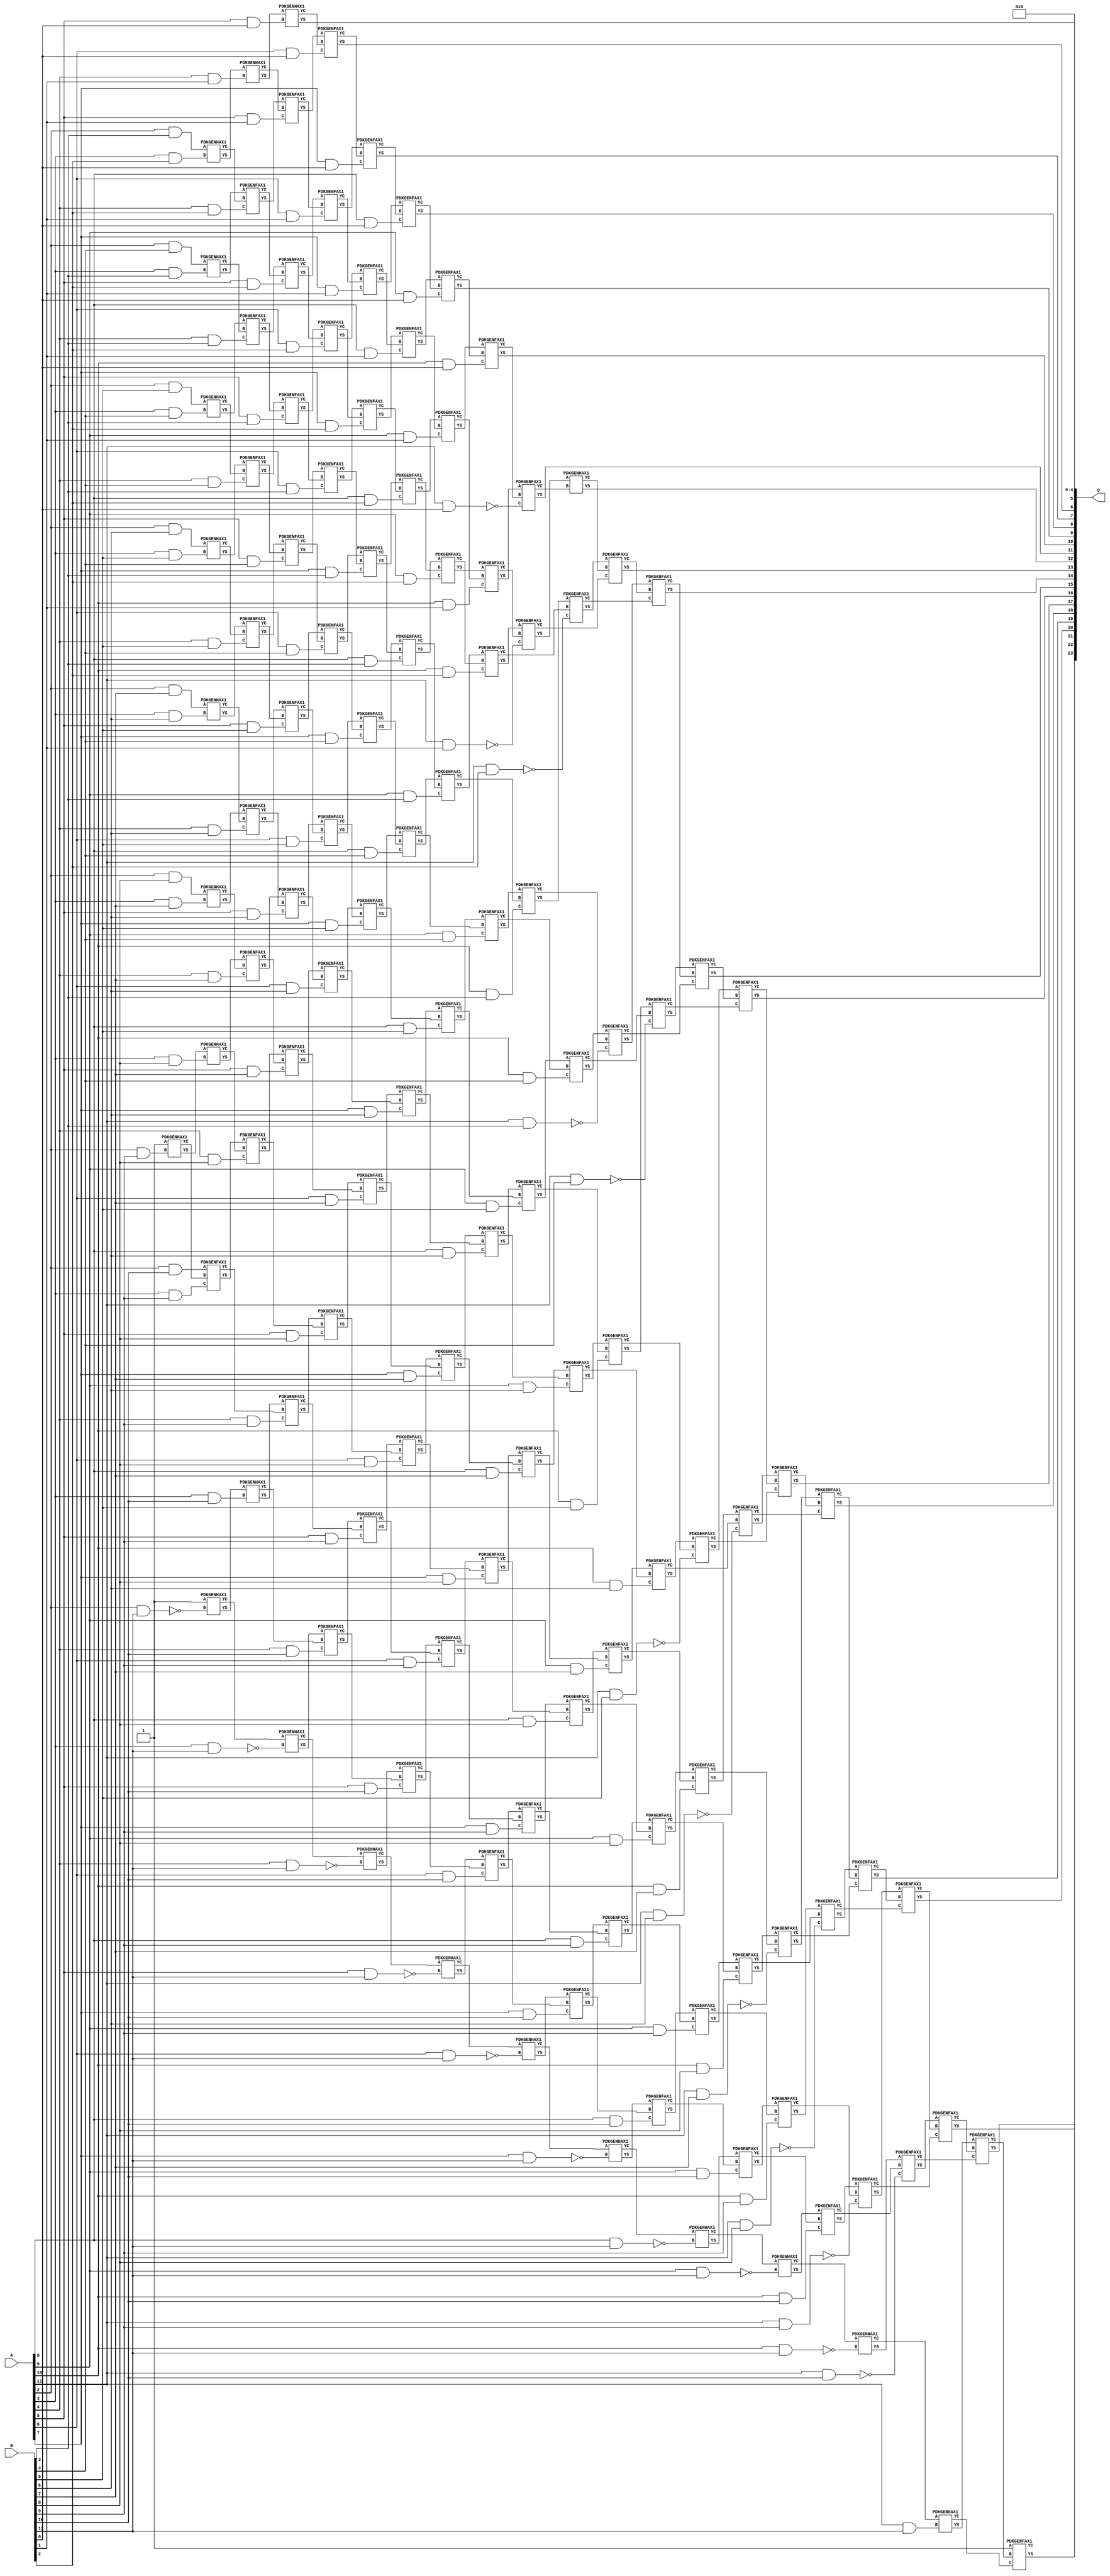
// This program was cloned from: https://github.com/ehw-fit/evoapproxlib
// License: MIT License

/***
* This code is a part of EvoApproxLib library (ehw.fit.vutbr.cz/approxlib) distributed under The MIT License.
* When used, please cite the following article(s): V. Mrazek, Z. Vasicek, L. Sekanina, H. Jiang and J. Han, "Scalable Construction of Approximate Multipliers With Formally Guaranteed Worst Case Error" in IEEE Transactions on Very Large Scale Integration (VLSI) Systems, vol. 26, no. 11, pp. 2572-2576, Nov. 2018. doi: 10.1109/TVLSI.2018.2856362 
* This file contains a circuit from a sub-set of pareto optimal circuits with respect to the pwr and wce parameters
***/
// MAE% = 0.0092 %
// MAE = 1540 
// WCE% = 0.037 %
// WCE = 6209 
// WCRE% = 6500.00 %
// EP% = 92.17 %
// MRE% = 0.65 %
// MSE = 48939.302e2 
// PDK45_PWR = 0.948 mW
// PDK45_AREA = 1395.2 um2
// PDK45_DELAY = 2.12 ns


module mul12s_2JL ( A, B, O );
  input [11:0] A;
  input [11:0] B;
  output [23:0] O;

  wire C_10_0,C_10_1,C_10_10,C_10_11,C_10_2,C_10_3,C_10_4,C_10_5,C_10_6,C_10_7,C_10_8,C_10_9,C_11_0,C_11_1,C_11_10,C_11_11,C_11_2,C_11_3,C_11_4,C_11_5,C_11_6,C_11_7,C_11_8,C_11_9,C_12_0,C_12_1,C_12_10,C_12_11,C_12_2,C_12_3,C_12_4,C_12_5,C_12_6,C_12_7,C_12_8,C_12_9,C_2_11,C_2_9,C_3_10,C_3_11,C_3_2,C_3_3,C_3_4,C_3_5,C_3_6,C_3_7,C_3_8,C_3_9,C_4_1,C_4_10,C_4_11,C_4_2,C_4_3,C_4_4,C_4_5,C_4_6,C_4_7,C_4_8,C_4_9,C_5_0,C_5_1,C_5_10,C_5_11,C_5_2,C_5_3,C_5_4,C_5_5,C_5_6,C_5_7,C_5_8,C_5_9,C_6_0,C_6_1,C_6_10,C_6_11,C_6_2,C_6_3,C_6_4,C_6_5,C_6_6,C_6_7,C_6_8,C_6_9,C_7_0,C_7_1,C_7_10,C_7_11,C_7_2,C_7_3,C_7_4,C_7_5,C_7_6,C_7_7,C_7_8,C_7_9,C_8_0,C_8_1,C_8_10,C_8_11,C_8_2,C_8_3,C_8_4,C_8_5,C_8_6,C_8_7,C_8_8,C_8_9,C_9_0,C_9_1,C_9_10,C_9_11,C_9_2,C_9_3,C_9_4,C_9_5,C_9_6,C_9_7,C_9_8,C_9_9,S_0_11,S_10_0,S_10_1,S_10_10,S_10_11,S_10_2,S_10_3,S_10_4,S_10_5,S_10_6,S_10_7,S_10_8,S_10_9,S_11_0,S_11_1,S_11_10,S_11_11,S_11_2,S_11_3,S_11_4,S_11_5,S_11_6,S_11_7,S_11_8,S_11_9,S_12_0,S_12_1,S_12_10,S_12_11,S_12_2,S_12_3,S_12_4,S_12_5,S_12_6,S_12_7,S_12_8,S_12_9,S_1_10,S_2_10,S_2_11,S_2_3,S_2_4,S_2_5,S_2_6,S_2_7,S_2_8,S_2_9,S_3_10,S_3_11,S_3_2,S_3_3,S_3_4,S_3_5,S_3_6,S_3_7,S_3_8,S_3_9,S_4_1,S_4_10,S_4_11,S_4_2,S_4_3,S_4_4,S_4_5,S_4_6,S_4_7,S_4_8,S_4_9,S_5_0,S_5_1,S_5_10,S_5_11,S_5_2,S_5_3,S_5_4,S_5_5,S_5_6,S_5_7,S_5_8,S_5_9,S_6_0,S_6_1,S_6_10,S_6_11,S_6_2,S_6_3,S_6_4,S_6_5,S_6_6,S_6_7,S_6_8,S_6_9,S_7_0,S_7_1,S_7_10,S_7_11,S_7_2,S_7_3,S_7_4,S_7_5,S_7_6,S_7_7,S_7_8,S_7_9,S_8_0,S_8_1,S_8_10,S_8_11,S_8_2,S_8_3,S_8_4,S_8_5,S_8_6,S_8_7,S_8_8,S_8_9,S_9_0,S_9_1,S_9_10,S_9_11,S_9_2,S_9_3,S_9_4,S_9_5,S_9_6,S_9_7,S_9_8,S_9_9;

  assign S_0_11 = 1'b1;
  assign S_1_10 = 1'b1;
  assign S_2_3 = (A[2] & B[3]);
  assign S_2_4 = (A[2] & B[4]);
  assign S_2_5 = (A[2] & B[5]);
  assign S_2_6 = (A[2] & B[6]);
  assign S_2_7 = (A[2] & B[7]);
  assign S_2_8 = (A[2] & B[8]);
  PDKGENHAX1 U28258 (.A(S_1_10), .B((A[2] & B[9])), .YS(S_2_9), .YC(C_2_9));
  assign S_2_10 = (A[2] & B[10]);
  PDKGENHAX1 U28260 (.A(1'b1), .B(~(A[2] & B[11])), .YS(S_2_11), .YC(C_2_11));
  PDKGENHAX1 U28263 (.A(S_2_3), .B((A[3] & B[2])), .YS(S_3_2), .YC(C_3_2));
  PDKGENHAX1 U28264 (.A(S_2_4), .B((A[3] & B[3])), .YS(S_3_3), .YC(C_3_3));
  PDKGENHAX1 U28265 (.A(S_2_5), .B((A[3] & B[4])), .YS(S_3_4), .YC(C_3_4));
  PDKGENHAX1 U28266 (.A(S_2_6), .B((A[3] & B[5])), .YS(S_3_5), .YC(C_3_5));
  PDKGENHAX1 U28267 (.A(S_2_7), .B((A[3] & B[6])), .YS(S_3_6), .YC(C_3_6));
  PDKGENHAX1 U28268 (.A(S_2_8), .B((A[3] & B[7])), .YS(S_3_7), .YC(C_3_7));
  PDKGENHAX1 U28269 (.A(S_2_9), .B((A[3] & B[8])), .YS(S_3_8), .YC(C_3_8));
  PDKGENFAX1 U28270 (.A(S_2_10), .B(C_2_9), .C((A[3] & B[9])), .YS(S_3_9), .YC(C_3_9));
  PDKGENHAX1 U28271 (.A(S_2_11), .B((A[3] & B[10])), .YS(S_3_10), .YC(C_3_10));
  PDKGENHAX1 U28272 (.A(C_2_11), .B(~(A[3] & B[11])), .YS(S_3_11), .YC(C_3_11));
  PDKGENHAX1 U28274 (.A(S_3_2), .B((A[4] & B[1])), .YS(S_4_1), .YC(C_4_1));
  PDKGENFAX1 U28275 (.A(S_3_3), .B(C_3_2), .C((A[4] & B[2])), .YS(S_4_2), .YC(C_4_2));
  PDKGENFAX1 U28276 (.A(S_3_4), .B(C_3_3), .C((A[4] & B[3])), .YS(S_4_3), .YC(C_4_3));
  PDKGENFAX1 U28277 (.A(S_3_5), .B(C_3_4), .C((A[4] & B[4])), .YS(S_4_4), .YC(C_4_4));
  PDKGENFAX1 U28278 (.A(S_3_6), .B(C_3_5), .C((A[4] & B[5])), .YS(S_4_5), .YC(C_4_5));
  PDKGENFAX1 U28279 (.A(S_3_7), .B(C_3_6), .C((A[4] & B[6])), .YS(S_4_6), .YC(C_4_6));
  PDKGENFAX1 U28280 (.A(S_3_8), .B(C_3_7), .C((A[4] & B[7])), .YS(S_4_7), .YC(C_4_7));
  PDKGENFAX1 U28281 (.A(S_3_9), .B(C_3_8), .C((A[4] & B[8])), .YS(S_4_8), .YC(C_4_8));
  PDKGENFAX1 U28282 (.A(S_3_10), .B(C_3_9), .C((A[4] & B[9])), .YS(S_4_9), .YC(C_4_9));
  PDKGENFAX1 U28283 (.A(S_3_11), .B(C_3_10), .C((A[4] & B[10])), .YS(S_4_10), .YC(C_4_10));
  PDKGENHAX1 U28284 (.A(C_3_11), .B(~(A[4] & B[11])), .YS(S_4_11), .YC(C_4_11));
  PDKGENHAX1 U28285 (.A(S_4_1), .B((A[5] & B[0])), .YS(S_5_0), .YC(C_5_0));
  PDKGENFAX1 U28286 (.A(S_4_2), .B(C_4_1), .C((A[5] & B[1])), .YS(S_5_1), .YC(C_5_1));
  PDKGENFAX1 U28287 (.A(S_4_3), .B(C_4_2), .C((A[5] & B[2])), .YS(S_5_2), .YC(C_5_2));
  PDKGENFAX1 U28288 (.A(S_4_4), .B(C_4_3), .C((A[5] & B[3])), .YS(S_5_3), .YC(C_5_3));
  PDKGENFAX1 U28289 (.A(S_4_5), .B(C_4_4), .C((A[5] & B[4])), .YS(S_5_4), .YC(C_5_4));
  PDKGENFAX1 U28290 (.A(S_4_6), .B(C_4_5), .C((A[5] & B[5])), .YS(S_5_5), .YC(C_5_5));
  PDKGENFAX1 U28291 (.A(S_4_7), .B(C_4_6), .C((A[5] & B[6])), .YS(S_5_6), .YC(C_5_6));
  PDKGENFAX1 U28292 (.A(S_4_8), .B(C_4_7), .C((A[5] & B[7])), .YS(S_5_7), .YC(C_5_7));
  PDKGENFAX1 U28293 (.A(S_4_9), .B(C_4_8), .C((A[5] & B[8])), .YS(S_5_8), .YC(C_5_8));
  PDKGENFAX1 U28294 (.A(S_4_10), .B(C_4_9), .C((A[5] & B[9])), .YS(S_5_9), .YC(C_5_9));
  PDKGENFAX1 U28295 (.A(S_4_11), .B(C_4_10), .C((A[5] & B[10])), .YS(S_5_10), .YC(C_5_10));
  PDKGENHAX1 U28296 (.A(C_4_11), .B(~(A[5] & B[11])), .YS(S_5_11), .YC(C_5_11));
  PDKGENFAX1 U28297 (.A(S_5_1), .B(C_5_0), .C((A[6] & B[0])), .YS(S_6_0), .YC(C_6_0));
  PDKGENFAX1 U28298 (.A(S_5_2), .B(C_5_1), .C((A[6] & B[1])), .YS(S_6_1), .YC(C_6_1));
  PDKGENFAX1 U28299 (.A(S_5_3), .B(C_5_2), .C((A[6] & B[2])), .YS(S_6_2), .YC(C_6_2));
  PDKGENFAX1 U28300 (.A(S_5_4), .B(C_5_3), .C((A[6] & B[3])), .YS(S_6_3), .YC(C_6_3));
  PDKGENFAX1 U28301 (.A(S_5_5), .B(C_5_4), .C((A[6] & B[4])), .YS(S_6_4), .YC(C_6_4));
  PDKGENFAX1 U28302 (.A(S_5_6), .B(C_5_5), .C((A[6] & B[5])), .YS(S_6_5), .YC(C_6_5));
  PDKGENFAX1 U28303 (.A(S_5_7), .B(C_5_6), .C((A[6] & B[6])), .YS(S_6_6), .YC(C_6_6));
  PDKGENFAX1 U28304 (.A(S_5_8), .B(C_5_7), .C((A[6] & B[7])), .YS(S_6_7), .YC(C_6_7));
  PDKGENFAX1 U28305 (.A(S_5_9), .B(C_5_8), .C((A[6] & B[8])), .YS(S_6_8), .YC(C_6_8));
  PDKGENFAX1 U28306 (.A(S_5_10), .B(C_5_9), .C((A[6] & B[9])), .YS(S_6_9), .YC(C_6_9));
  PDKGENFAX1 U28307 (.A(S_5_11), .B(C_5_10), .C((A[6] & B[10])), .YS(S_6_10), .YC(C_6_10));
  PDKGENHAX1 U28308 (.A(C_5_11), .B(~(A[6] & B[11])), .YS(S_6_11), .YC(C_6_11));
  PDKGENFAX1 U28309 (.A(S_6_1), .B(C_6_0), .C((A[7] & B[0])), .YS(S_7_0), .YC(C_7_0));
  PDKGENFAX1 U28310 (.A(S_6_2), .B(C_6_1), .C((A[7] & B[1])), .YS(S_7_1), .YC(C_7_1));
  PDKGENFAX1 U28311 (.A(S_6_3), .B(C_6_2), .C((A[7] & B[2])), .YS(S_7_2), .YC(C_7_2));
  PDKGENFAX1 U28312 (.A(S_6_4), .B(C_6_3), .C((A[7] & B[3])), .YS(S_7_3), .YC(C_7_3));
  PDKGENFAX1 U28313 (.A(S_6_5), .B(C_6_4), .C((A[7] & B[4])), .YS(S_7_4), .YC(C_7_4));
  PDKGENFAX1 U28314 (.A(S_6_6), .B(C_6_5), .C((A[7] & B[5])), .YS(S_7_5), .YC(C_7_5));
  PDKGENFAX1 U28315 (.A(S_6_7), .B(C_6_6), .C((A[7] & B[6])), .YS(S_7_6), .YC(C_7_6));
  PDKGENFAX1 U28316 (.A(S_6_8), .B(C_6_7), .C((A[7] & B[7])), .YS(S_7_7), .YC(C_7_7));
  PDKGENFAX1 U28317 (.A(S_6_9), .B(C_6_8), .C((A[7] & B[8])), .YS(S_7_8), .YC(C_7_8));
  PDKGENFAX1 U28318 (.A(S_6_10), .B(C_6_9), .C((A[7] & B[9])), .YS(S_7_9), .YC(C_7_9));
  PDKGENFAX1 U28319 (.A(S_6_11), .B(C_6_10), .C((A[7] & B[10])), .YS(S_7_10), .YC(C_7_10));
  PDKGENHAX1 U28320 (.A(C_6_11), .B(~(A[7] & B[11])), .YS(S_7_11), .YC(C_7_11));
  PDKGENFAX1 U28321 (.A(S_7_1), .B(C_7_0), .C((A[8] & B[0])), .YS(S_8_0), .YC(C_8_0));
  PDKGENFAX1 U28322 (.A(S_7_2), .B(C_7_1), .C((A[8] & B[1])), .YS(S_8_1), .YC(C_8_1));
  PDKGENFAX1 U28323 (.A(S_7_3), .B(C_7_2), .C((A[8] & B[2])), .YS(S_8_2), .YC(C_8_2));
  PDKGENFAX1 U28324 (.A(S_7_4), .B(C_7_3), .C((A[8] & B[3])), .YS(S_8_3), .YC(C_8_3));
  PDKGENFAX1 U28325 (.A(S_7_5), .B(C_7_4), .C((A[8] & B[4])), .YS(S_8_4), .YC(C_8_4));
  PDKGENFAX1 U28326 (.A(S_7_6), .B(C_7_5), .C((A[8] & B[5])), .YS(S_8_5), .YC(C_8_5));
  PDKGENFAX1 U28327 (.A(S_7_7), .B(C_7_6), .C((A[8] & B[6])), .YS(S_8_6), .YC(C_8_6));
  PDKGENFAX1 U28328 (.A(S_7_8), .B(C_7_7), .C((A[8] & B[7])), .YS(S_8_7), .YC(C_8_7));
  PDKGENFAX1 U28329 (.A(S_7_9), .B(C_7_8), .C((A[8] & B[8])), .YS(S_8_8), .YC(C_8_8));
  PDKGENFAX1 U28330 (.A(S_7_10), .B(C_7_9), .C((A[8] & B[9])), .YS(S_8_9), .YC(C_8_9));
  PDKGENFAX1 U28331 (.A(S_7_11), .B(C_7_10), .C((A[8] & B[10])), .YS(S_8_10), .YC(C_8_10));
  PDKGENHAX1 U28332 (.A(C_7_11), .B(~(A[8] & B[11])), .YS(S_8_11), .YC(C_8_11));
  PDKGENFAX1 U28333 (.A(S_8_1), .B(C_8_0), .C((A[9] & B[0])), .YS(S_9_0), .YC(C_9_0));
  PDKGENFAX1 U28334 (.A(S_8_2), .B(C_8_1), .C((A[9] & B[1])), .YS(S_9_1), .YC(C_9_1));
  PDKGENFAX1 U28335 (.A(S_8_3), .B(C_8_2), .C((A[9] & B[2])), .YS(S_9_2), .YC(C_9_2));
  PDKGENFAX1 U28336 (.A(S_8_4), .B(C_8_3), .C((A[9] & B[3])), .YS(S_9_3), .YC(C_9_3));
  PDKGENFAX1 U28337 (.A(S_8_5), .B(C_8_4), .C((A[9] & B[4])), .YS(S_9_4), .YC(C_9_4));
  PDKGENFAX1 U28338 (.A(S_8_6), .B(C_8_5), .C((A[9] & B[5])), .YS(S_9_5), .YC(C_9_5));
  PDKGENFAX1 U28339 (.A(S_8_7), .B(C_8_6), .C((A[9] & B[6])), .YS(S_9_6), .YC(C_9_6));
  PDKGENFAX1 U28340 (.A(S_8_8), .B(C_8_7), .C((A[9] & B[7])), .YS(S_9_7), .YC(C_9_7));
  PDKGENFAX1 U28341 (.A(S_8_9), .B(C_8_8), .C((A[9] & B[8])), .YS(S_9_8), .YC(C_9_8));
  PDKGENFAX1 U28342 (.A(S_8_10), .B(C_8_9), .C((A[9] & B[9])), .YS(S_9_9), .YC(C_9_9));
  PDKGENFAX1 U28343 (.A(S_8_11), .B(C_8_10), .C((A[9] & B[10])), .YS(S_9_10), .YC(C_9_10));
  PDKGENHAX1 U28344 (.A(C_8_11), .B(~(A[9] & B[11])), .YS(S_9_11), .YC(C_9_11));
  PDKGENFAX1 U28345 (.A(S_9_1), .B(C_9_0), .C((A[10] & B[0])), .YS(S_10_0), .YC(C_10_0));
  PDKGENFAX1 U28346 (.A(S_9_2), .B(C_9_1), .C((A[10] & B[1])), .YS(S_10_1), .YC(C_10_1));
  PDKGENFAX1 U28347 (.A(S_9_3), .B(C_9_2), .C((A[10] & B[2])), .YS(S_10_2), .YC(C_10_2));
  PDKGENFAX1 U28348 (.A(S_9_4), .B(C_9_3), .C((A[10] & B[3])), .YS(S_10_3), .YC(C_10_3));
  PDKGENFAX1 U28349 (.A(S_9_5), .B(C_9_4), .C((A[10] & B[4])), .YS(S_10_4), .YC(C_10_4));
  PDKGENFAX1 U28350 (.A(S_9_6), .B(C_9_5), .C((A[10] & B[5])), .YS(S_10_5), .YC(C_10_5));
  PDKGENFAX1 U28351 (.A(S_9_7), .B(C_9_6), .C((A[10] & B[6])), .YS(S_10_6), .YC(C_10_6));
  PDKGENFAX1 U28352 (.A(S_9_8), .B(C_9_7), .C((A[10] & B[7])), .YS(S_10_7), .YC(C_10_7));
  PDKGENFAX1 U28353 (.A(S_9_9), .B(C_9_8), .C((A[10] & B[8])), .YS(S_10_8), .YC(C_10_8));
  PDKGENFAX1 U28354 (.A(S_9_10), .B(C_9_9), .C((A[10] & B[9])), .YS(S_10_9), .YC(C_10_9));
  PDKGENFAX1 U28355 (.A(S_9_11), .B(C_9_10), .C((A[10] & B[10])), .YS(S_10_10), .YC(C_10_10));
  PDKGENHAX1 U28356 (.A(C_9_11), .B(~(A[10] & B[11])), .YS(S_10_11), .YC(C_10_11));
  PDKGENFAX1 U28357 (.A(S_10_1), .B(C_10_0), .C(~(A[11] & B[0])), .YS(S_11_0), .YC(C_11_0));
  PDKGENFAX1 U28358 (.A(S_10_2), .B(C_10_1), .C(~(A[11] & B[1])), .YS(S_11_1), .YC(C_11_1));
  PDKGENFAX1 U28359 (.A(S_10_3), .B(C_10_2), .C(~(A[11] & B[2])), .YS(S_11_2), .YC(C_11_2));
  PDKGENFAX1 U28360 (.A(S_10_4), .B(C_10_3), .C(~(A[11] & B[3])), .YS(S_11_3), .YC(C_11_3));
  PDKGENFAX1 U28361 (.A(S_10_5), .B(C_10_4), .C(~(A[11] & B[4])), .YS(S_11_4), .YC(C_11_4));
  PDKGENFAX1 U28362 (.A(S_10_6), .B(C_10_5), .C(~(A[11] & B[5])), .YS(S_11_5), .YC(C_11_5));
  PDKGENFAX1 U28363 (.A(S_10_7), .B(C_10_6), .C(~(A[11] & B[6])), .YS(S_11_6), .YC(C_11_6));
  PDKGENFAX1 U28364 (.A(S_10_8), .B(C_10_7), .C(~(A[11] & B[7])), .YS(S_11_7), .YC(C_11_7));
  PDKGENFAX1 U28365 (.A(S_10_9), .B(C_10_8), .C(~(A[11] & B[8])), .YS(S_11_8), .YC(C_11_8));
  PDKGENFAX1 U28366 (.A(S_10_10), .B(C_10_9), .C(~(A[11] & B[9])), .YS(S_11_9), .YC(C_11_9));
  PDKGENFAX1 U28367 (.A(S_10_11), .B(C_10_10), .C(~(A[11] & B[10])), .YS(S_11_10), .YC(C_11_10));
  PDKGENHAX1 U28368 (.A(C_10_11), .B((A[11] & B[11])), .YS(S_11_11), .YC(C_11_11));
  PDKGENHAX1 U28369 (.A(S_11_1), .B(C_11_0), .YS(S_12_0), .YC(C_12_0));
  PDKGENFAX1 U28370 (.A(S_11_2), .B(C_12_0), .C(C_11_1), .YS(S_12_1), .YC(C_12_1));
  PDKGENFAX1 U28371 (.A(S_11_3), .B(C_12_1), .C(C_11_2), .YS(S_12_2), .YC(C_12_2));
  PDKGENFAX1 U28372 (.A(S_11_4), .B(C_12_2), .C(C_11_3), .YS(S_12_3), .YC(C_12_3));
  PDKGENFAX1 U28373 (.A(S_11_5), .B(C_12_3), .C(C_11_4), .YS(S_12_4), .YC(C_12_4));
  PDKGENFAX1 U28374 (.A(S_11_6), .B(C_12_4), .C(C_11_5), .YS(S_12_5), .YC(C_12_5));
  PDKGENFAX1 U28375 (.A(S_11_7), .B(C_12_5), .C(C_11_6), .YS(S_12_6), .YC(C_12_6));
  PDKGENFAX1 U28376 (.A(S_11_8), .B(C_12_6), .C(C_11_7), .YS(S_12_7), .YC(C_12_7));
  PDKGENFAX1 U28377 (.A(S_11_9), .B(C_12_7), .C(C_11_8), .YS(S_12_8), .YC(C_12_8));
  PDKGENFAX1 U28378 (.A(S_11_10), .B(C_12_8), .C(C_11_9), .YS(S_12_9), .YC(C_12_9));
  PDKGENFAX1 U28379 (.A(S_11_11), .B(C_12_9), .C(C_11_10), .YS(S_12_10), .YC(C_12_10));
  PDKGENFAX1 U28380 (.A(1'b1), .B(C_12_10), .C(C_11_11), .YS(S_12_11), .YC(C_12_11));
  assign O = {S_12_11,S_12_10,S_12_9,S_12_8,S_12_7,S_12_6,S_12_5,S_12_4,S_12_3,S_12_2,S_12_1,S_12_0,S_11_0,S_10_0,S_9_0,S_8_0,S_7_0,S_6_0,S_5_0,1'b0,1'b0,1'b0,1'b0,1'b0};

endmodule

/* mod */
module PDKGENHAX1( input A, input B, output YS, output YC );
    assign YS = A ^ B;
    assign YC = A & B;
endmodule
/* mod */
module PDKGENFAX1( input A, input B, input C, output YS, output YC );
    assign YS = (A ^ B) ^ C;
    assign YC = (A & B) | (B & C) | (A & C);
endmodule